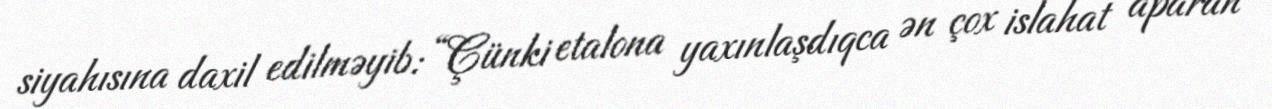
siyahısına daxil edilməyib: “Çünki etalona yaxınlaşdıqca ən çox islahat aparan